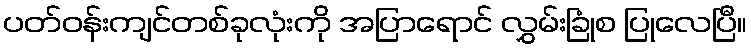
ပတ်ဝန်းကျင်တစ်ခုလုံးကို အပြာရောင် လွှမ်းခြုံစ ပြုလေပြီ။